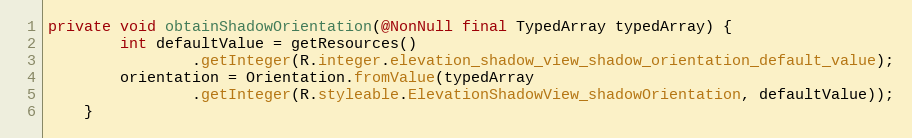
Language: Java
private void obtainShadowOrientation(@NonNull final TypedArray typedArray) {
        int defaultValue = getResources()
                .getInteger(R.integer.elevation_shadow_view_shadow_orientation_default_value);
        orientation = Orientation.fromValue(typedArray
                .getInteger(R.styleable.ElevationShadowView_shadowOrientation, defaultValue));
    }